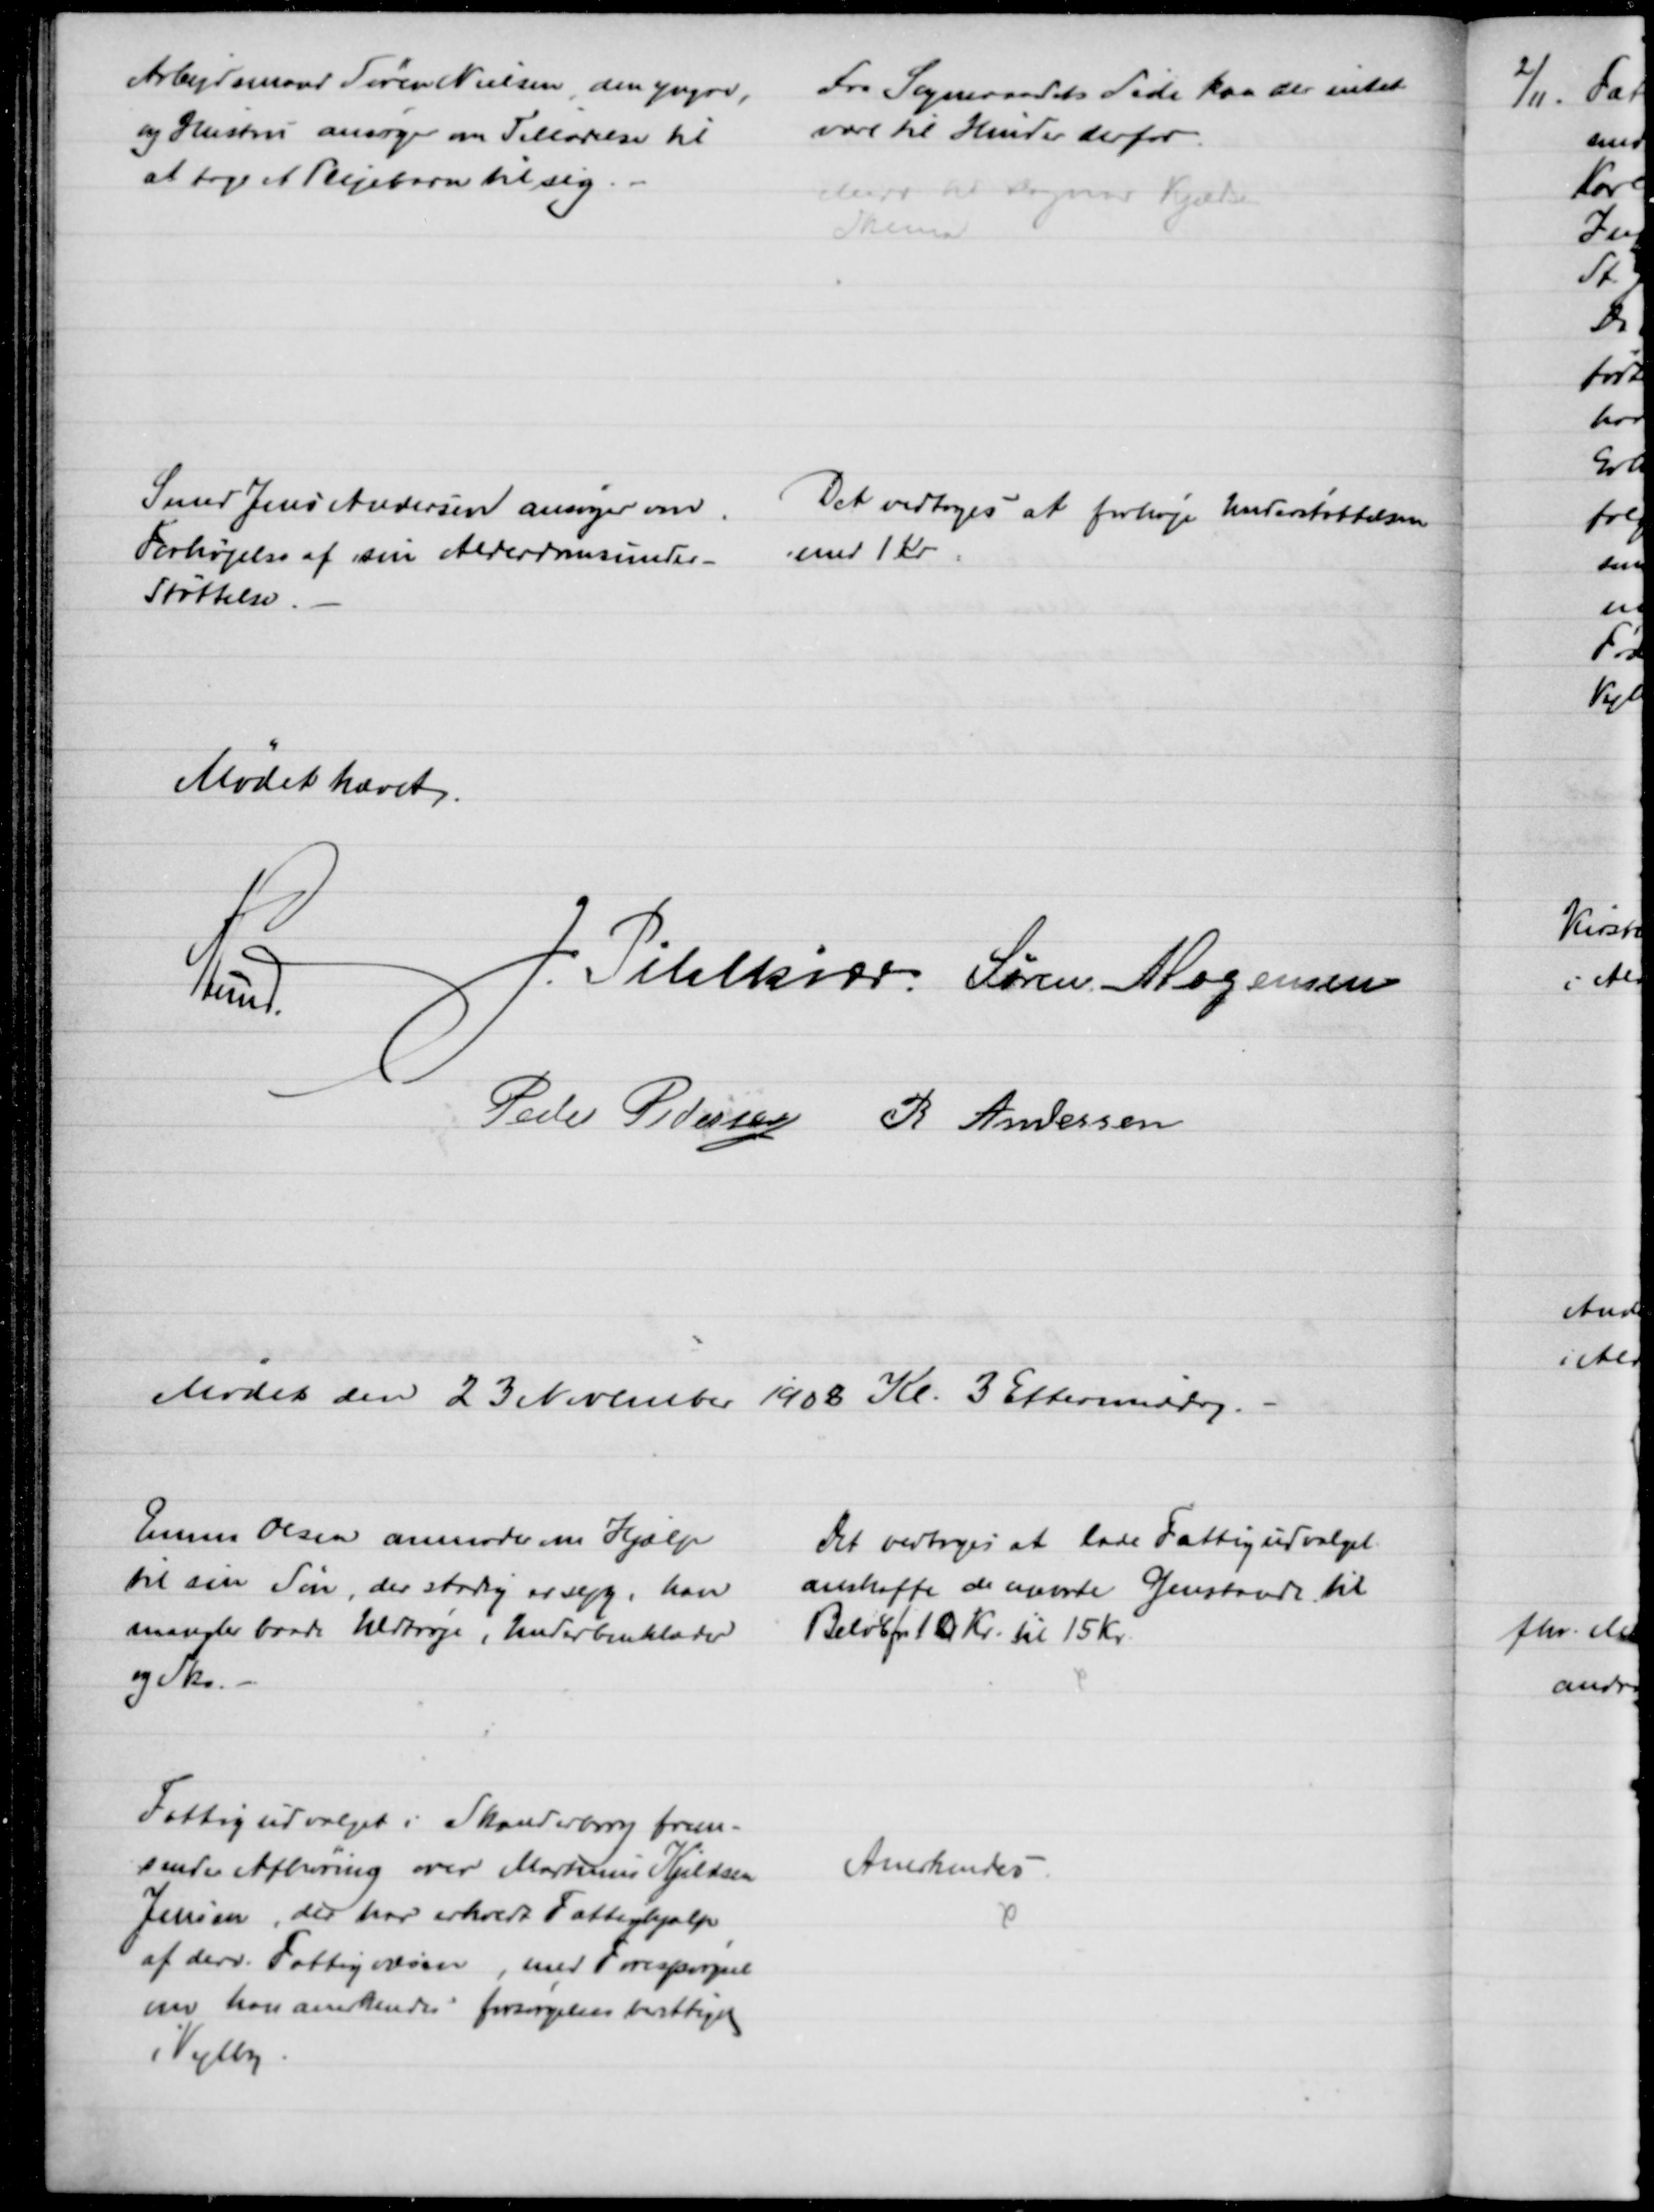
Transskription:
Arbejdsmand Søren Nielsen, den yngre,
og Hustru ansøger om Tilladelse til
at tage et Plejebarn til sig.
Fra Sogneraadets Side kan der intet
være til Hinder derfor.
Medd til Dagmar Kjeldsen
Skema
Smed Jens Andersen ansøger om
Forhøjelse af sin Alderdomsunder-
støttelse.
Det vedtoges at forhøje Understøttelsen
med 1 Kr
Mødet hævet.
A Lund.
J Pihlkjær. Søren Mogensen
Peder Pedersen R Andersen
Mødet den 23 November 1908 Kl. 3 Eftermiddag.
Emma Olsen anmoder om Hjælp
til sin Søn, der stadig er syg, han
mangler baade Uldtrøje, Underbenklæder
og Sko.
Det vedtoges at lade Fattigudvalget
anskaffe de nævnte Genstande til 
Beløb for 10 Kr. til 15 Kr.
Fattigudvalget i Skanderborg frem-
sender Afhøring over Martinus Kjeldsen
Jensen, der har erholdt Fattighjælp
af derv. Fattigvæsen, med Forespørgsel
om han anerkendes forsørgelsesberettiget
i Vejlby.
Anerkendes.